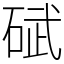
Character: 碔